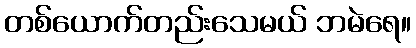
တစ်ယောက်တည်းသေမယ် ဘမဲရေ။